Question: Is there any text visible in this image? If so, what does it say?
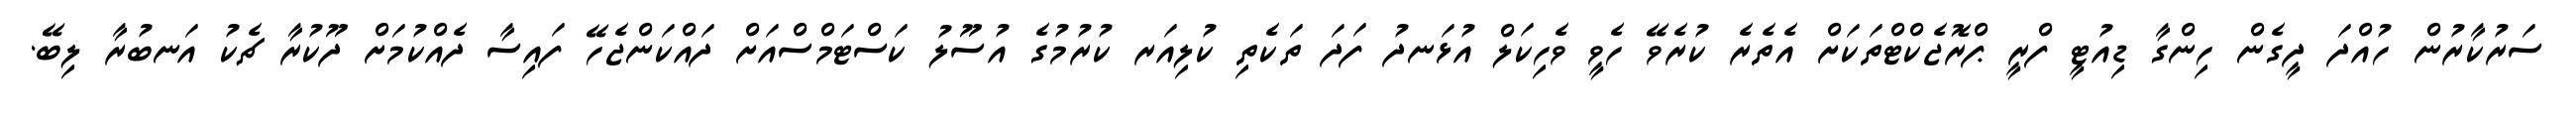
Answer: ސަރުކާރުން ހުއްދަ ދީގެން ހިންގާ ޑިއުޓީ ފްރީ ޕްރޮޖެކްޓްތަކަށް އެތެރެ ކުރެވޭ ހެވީ ވެހިކަލް އުޅަނދު ފަދަ ތަކެތި ކުލިއަރ ކުރުމުގެ އުސޫލު ކަސްޓަމްސްއަށް ދައްކަންޖެހޭ ފައިސާ ދެއްކުމަށް ދޫކުރާ ޗެކު އަނބުރާ ލިބޭ.